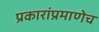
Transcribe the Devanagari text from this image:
प्रकारांप्रमाणेच